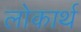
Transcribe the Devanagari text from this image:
लोकार्थ